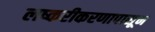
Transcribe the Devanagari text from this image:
लष्करीकरणापासून